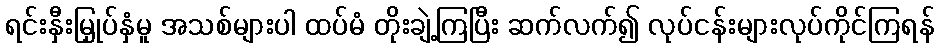
ရင်းနှီးမြှုပ်နှံမူ အသစ်များပါ ထပ်မံ တိုးချဲ့ကြပြီး ဆက်လက်၍ လုပ်ငန်းများလုပ်ကိုင်ကြရန်